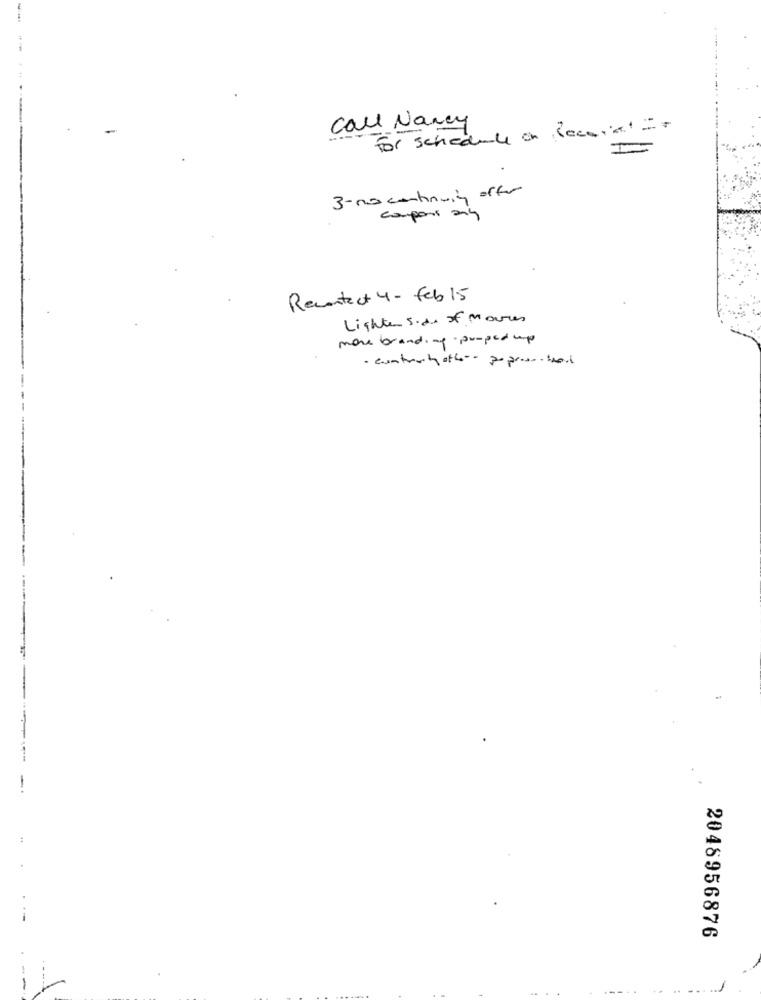
-
Call Nancy
For schedule on Record=
=
3- no continuing offer
componi any
Recontact 4- feb 15
Lighter side of Moures
more branding pooped up
· contrary other- poprasocial
2046956876
... .. J